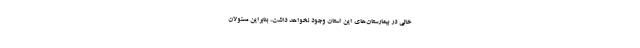
خالی در بیمارستان‌های این استان وجود نخواهد داشت، بنابراین مسئولان